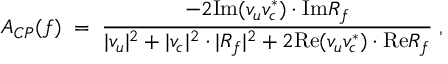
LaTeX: { \cal A } _ { C P } ( f ) \; = \; \frac { - 2 \mathrm { I m } ( v _ { u } v _ { c } ^ { * } ) \cdot \mathrm { I m } R _ { f } } { | v _ { u } | ^ { 2 } + | v _ { c } | ^ { 2 } \cdot | R _ { f } | ^ { 2 } + 2 \mathrm { R e } ( v _ { u } v _ { c } ^ { * } ) \cdot \mathrm { R e } R _ { f } } \; ,